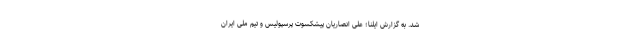
شد. به گزارش ایلنا؛ علی انصاریان پیشکسوت پرسپولیس و تیم ملی ایران